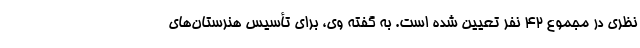
نظری در مجموع ۴۲ نفر تعیین شده است. به گفته وی، برای تأسیس هنرستان‌های